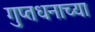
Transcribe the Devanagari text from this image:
गुप्तधनाच्या